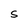
Character: S